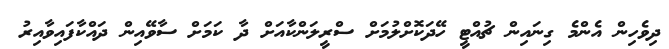
ދިވެހިން އެންމެ ގިނައިން ޗުއްޓީ ހޭދަކޮށްލުމަށް ސްރީލަންކާއަށް ދާ ކަމަށް ސާވޭއިން ދައްކާފައިވާއިރު